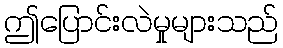
ဤပြောင်းလဲမှုများသည်